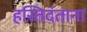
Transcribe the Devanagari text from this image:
हस्तिदंताना